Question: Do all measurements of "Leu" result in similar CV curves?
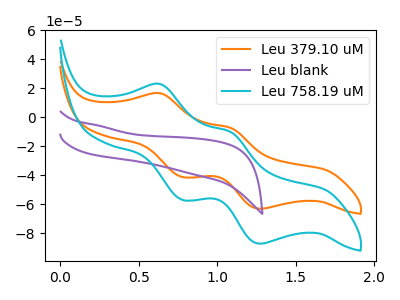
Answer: <think>The orange curve "Leu 379.10 uM" has anodic peaks at (0.65V, 16.60uA) (1.10V, -7.25uA) and cathodic peaks at (0.80V, -41.20uA) (1.30V, -62.95uA). The purple curve "Leu blank" has no peaks. The cyan curve "Leu 758.19 uM" has anodic peaks at (0.65V, 22.95uA) (1.10V, -10.05uA) and cathodic peaks at (0.80V, -56.95uA) (1.30V, -87.00uA).
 "Leu 379.10 uM" and "Leu blank" have a different number of peaks. All the peaks in "Leu 379.10 uM" have a peak in "Leu 758.19 uM" at the same potential. "Leu blank" and "Leu 758.19 uM" have a different number of peaks.</think>
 <answer>All the CV's of "Leu" have similar shape.</answer>
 <eval>follow_rule</eval>